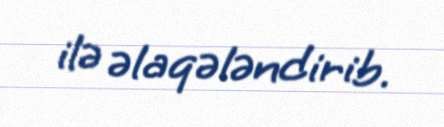
ilə əlaqələndirib.